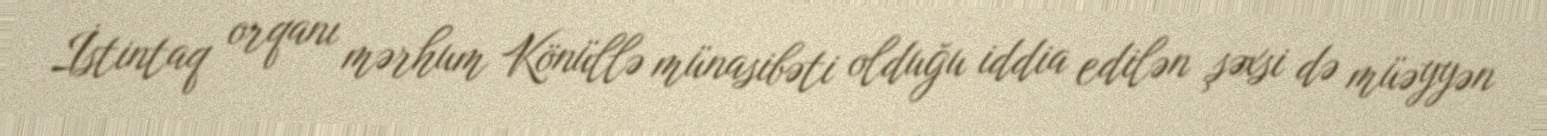
İstintaq orqanı mərhum Könüllə münasibəti olduğu iddia edilən şəxsi də müəyyən